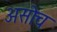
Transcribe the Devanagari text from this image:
असोच